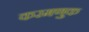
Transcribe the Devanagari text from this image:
करमणुक